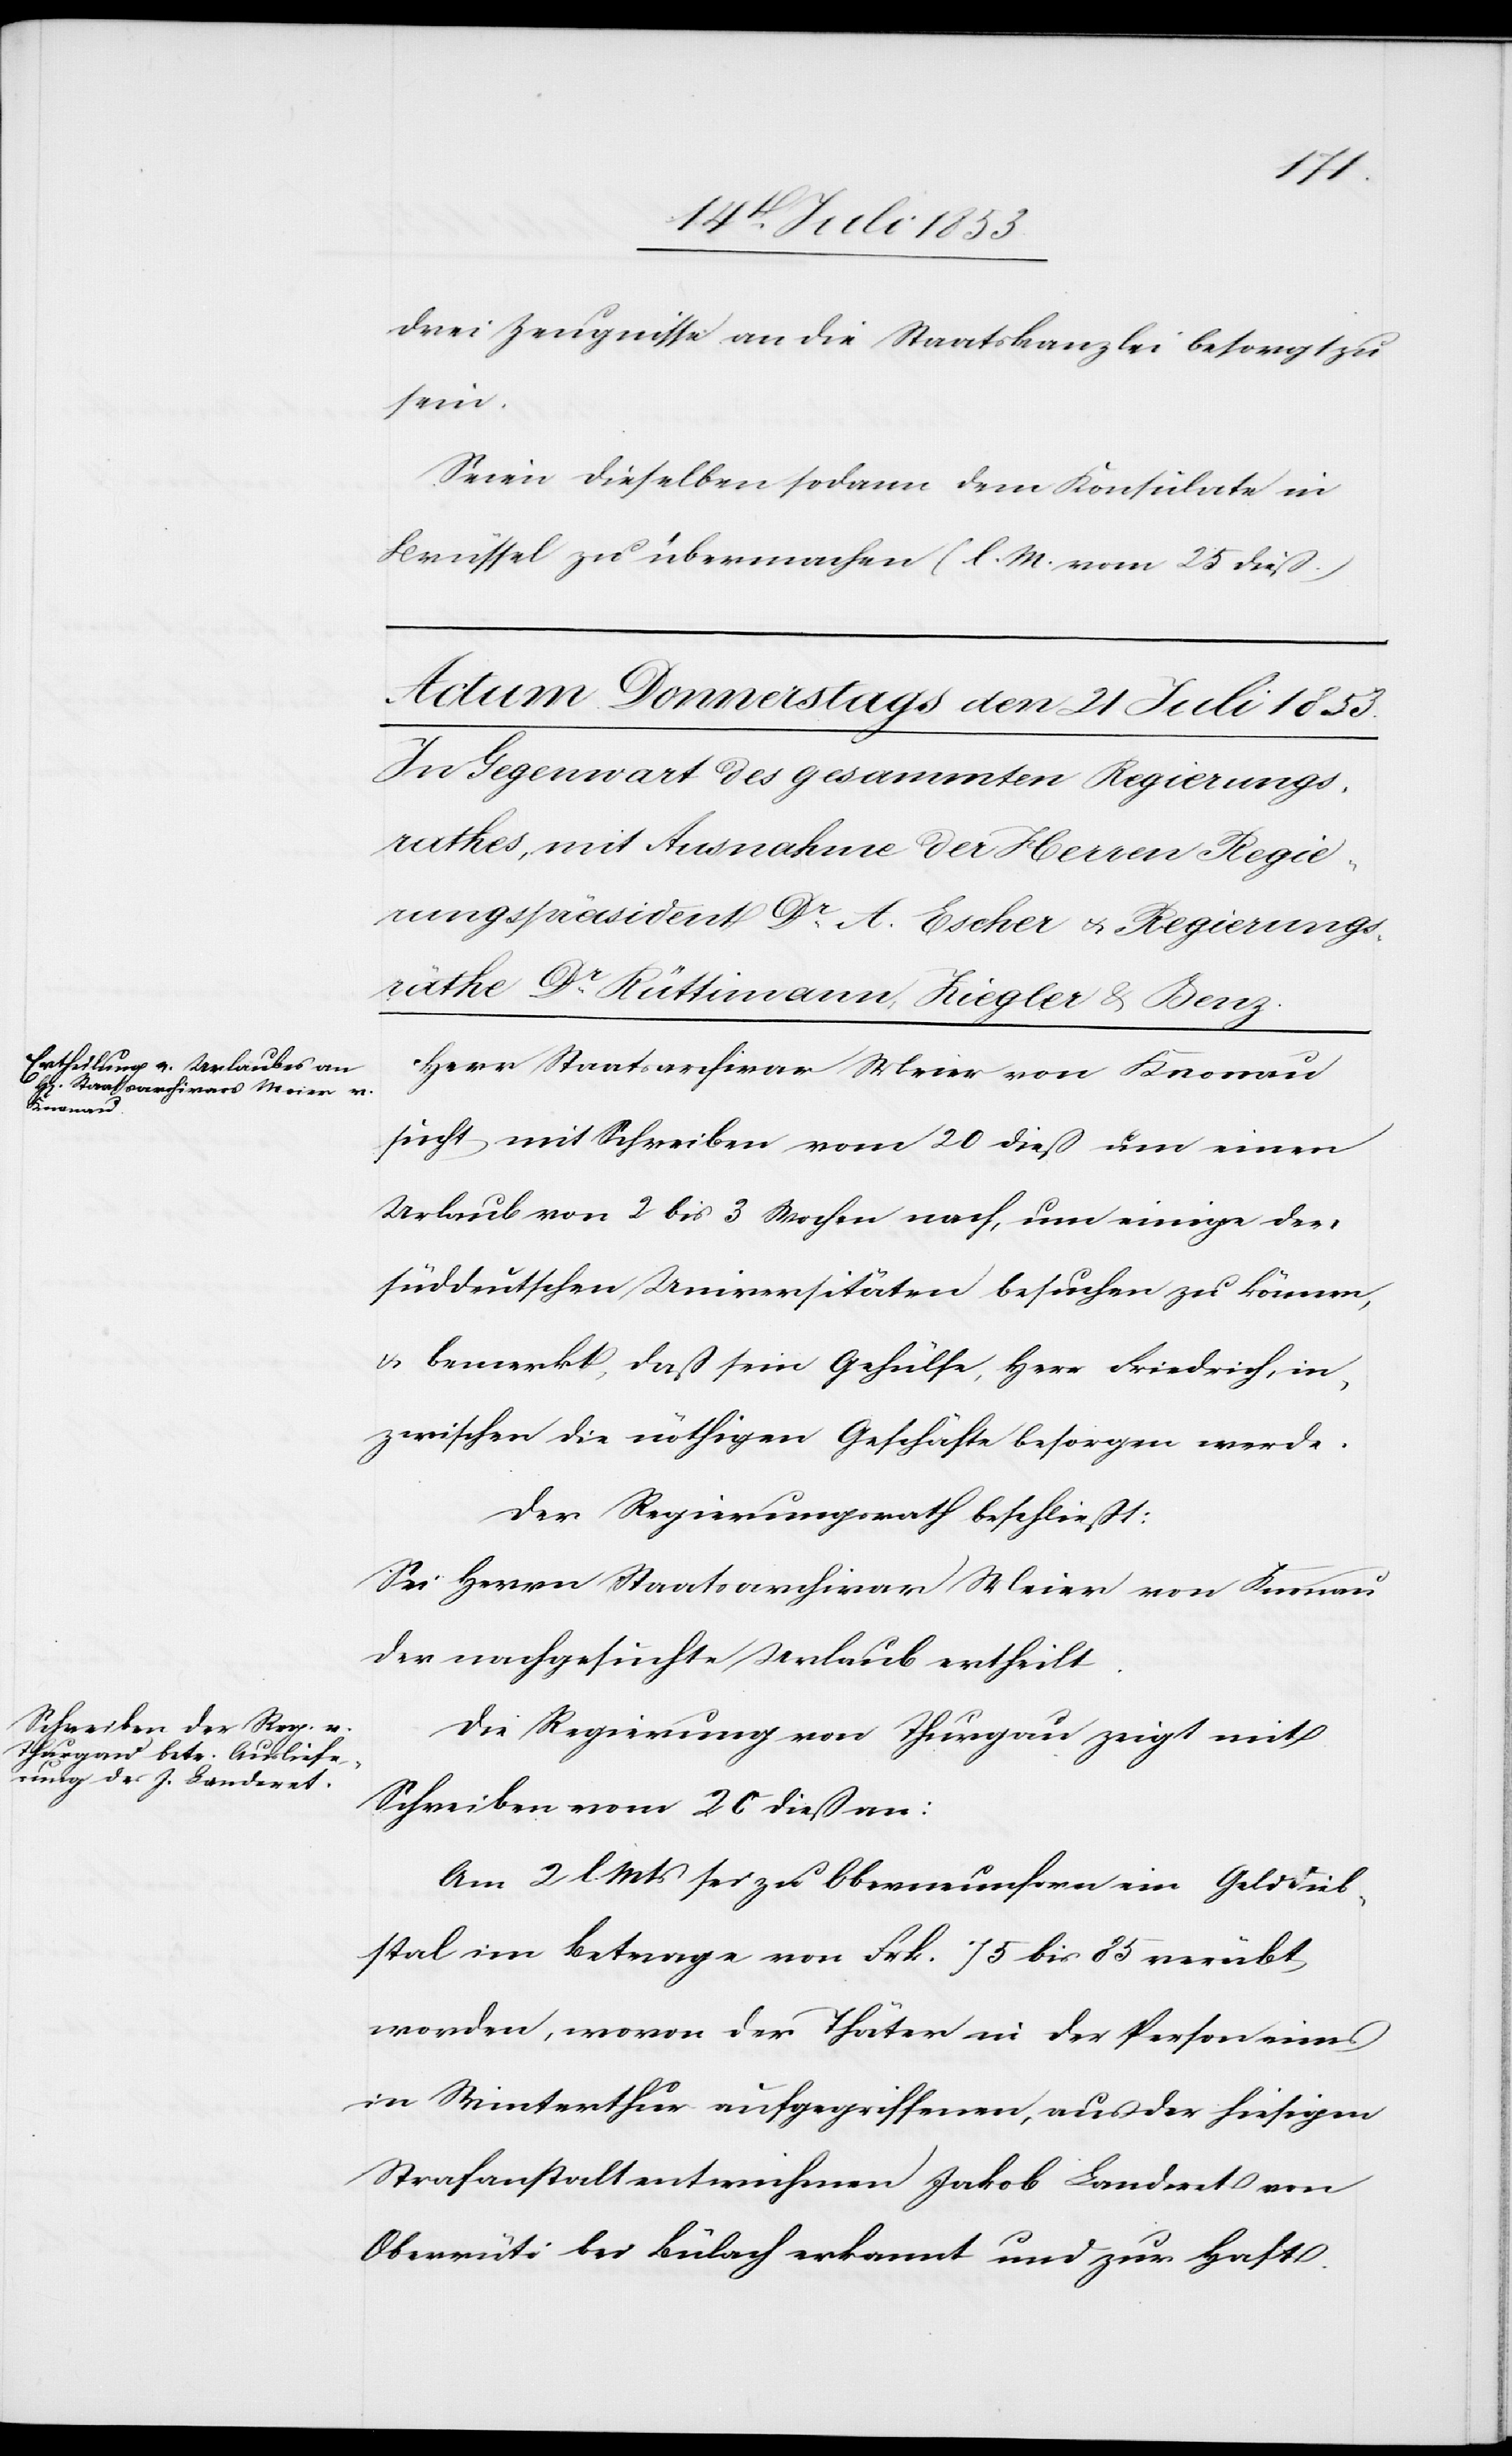
drei Zeugnisse an die Staatskanzlei besorgt zu
sein.
Seien dieselben sodann dem Konsulate in
Brüssel zu übermachen. (l. M. vom 25 dieß)
Herr Staatsarchivar Meier von Knonau
sucht mit Schreiben vom 20 dieß um einen
Urlaub von 2 bis 3 Wochen nach, um einige der
süddeutschen Universitäten besuchen zu können,
u. bemerkt, daß sein Gehülfe, Herr Friedrich, in¬
zwischen die nöthigen Geschäfte besorgen werde.
Der Regierungsrath beschließt:
Sei Herrn Staatsarchivar Meier von Knonau
der nachgesuchte Urlaub ertheilt.
Die Regierung von Thurgau zeigt mit
Schreiben vom 26 dieß an:
Am 2. l. Mts. sei zu Oberneunforn ein Gelddieb¬
stal im Betrage von Frk. 75 bis 85 verübt
worden, wovon der Thäter in der Person eines
in Winterthur aufgegriffenen, aus der hiesigen
Strafanstalt entwichenen Jakob Landeret von
Oberrüti bei Bülach erkannt und zur Haft